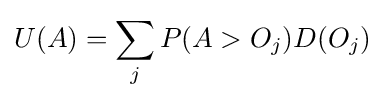
U(A)=\sum \limits _{j}P(A>O_{j})D(O_{j})